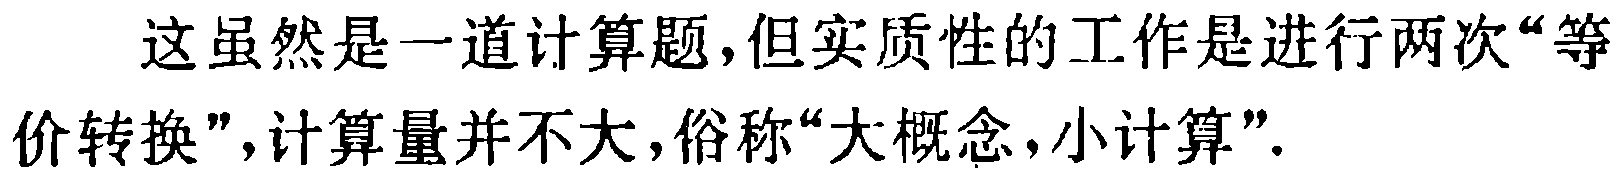
这虽然是一道计算题,但实质性的工作是进行两次“等价转换”,计算量并不大,俗称“大概念,小计算”.